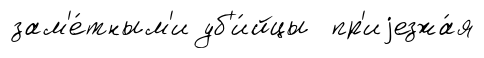
зам'е́тным'и уб'и́йцы пр'иjезжа́я